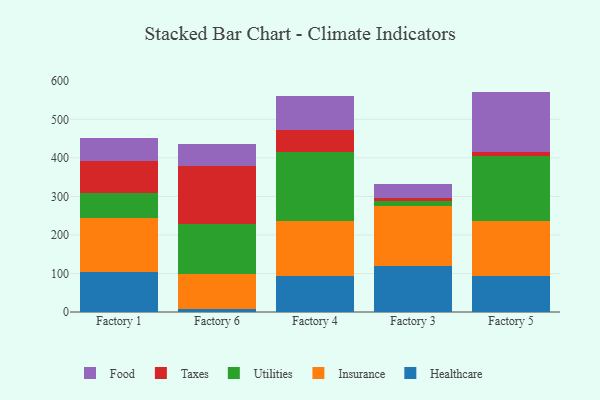
{"axis": {"x": "Factory", "y": "Satisfaction Score"}, "legend": ["Food", "Healthcare", "Insurance", "Taxes", "Utilities"], "data": [{"x": "Factory 1", "y": 104.3, "type": "Healthcare"}, {"x": "Factory 1", "y": 140.7, "type": "Insurance"}, {"x": "Factory 1", "y": 63.2, "type": "Utilities"}, {"x": "Factory 1", "y": 83.7, "type": "Taxes"}, {"x": "Factory 1", "y": 59.7, "type": "Food"}, {"x": "Factory 6", "y": 8.5, "type": "Healthcare"}, {"x": "Factory 6", "y": 90.0, "type": "Insurance"}, {"x": "Factory 6", "y": 128.7, "type": "Utilities"}, {"x": "Factory 6", "y": 150.6, "type": "Taxes"}, {"x": "Factory 6", "y": 59.2, "type": "Food"}, {"x": "Factory 4", "y": 92.9, "type": "Healthcare"}, {"x": "Factory 4", "y": 144.0, "type": "Insurance"}, {"x": "Factory 4", "y": 177.3, "type": "Utilities"}, {"x": "Factory 4", "y": 59.1, "type": "Taxes"}, {"x": "Factory 4", "y": 87.4, "type": "Food"}, {"x": "Factory 3", "y": 120.3, "type": "Healthcare"}, {"x": "Factory 3", "y": 156.0, "type": "Insurance"}, {"x": "Factory 3", "y": 12.0, "type": "Utilities"}, {"x": "Factory 3", "y": 6.5, "type": "Taxes"}, {"x": "Factory 3", "y": 37.8, "type": "Food"}, {"x": "Factory 5", "y": 93.3, "type": "Healthcare"}, {"x": "Factory 5", "y": 143.8, "type": "Insurance"}, {"x": "Factory 5", "y": 168.8, "type": "Utilities"}, {"x": "Factory 5", "y": 8.5, "type": "Taxes"}, {"x": "Factory 5", "y": 157.6, "type": "Food"}]}